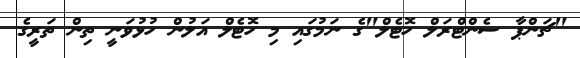
"ޗަންޕާ ސެންޓްރަލް ހޮޓެލް"ގެ ނަމުގައި މި ހޮޓެލް އަލުން ހުޅުވަނީ ތިން ތަރީގެ